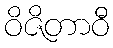
ဝိဇိတာဝီ